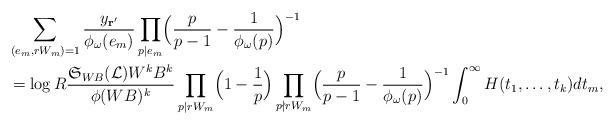
LaTeX: \begin{align*}&\sum_{(e_m,rW_m)=1}\frac{y_{\mathbf{r}'}}{\phi_\omega(e_m)}\prod_{p|e_m}\Bigl(\frac{p}{p-1}-\frac{1}{\phi_\omega(p)}\Bigr)^{-1}\\&=\log{R}\frac{\mathfrak{S}_{WB}(\mathcal{L})W^kB^k}{\phi(WB)^k}\prod_{p|rW_m}\Bigl(1-\frac{1}{p}\Bigr)\prod_{p\nmid rW_m}\Bigl(\frac{p}{p-1}-\frac{1}{\phi_\omega(p)}\Bigr)^{-1}\int_0^\infty H(t_1,\dots, t_k)dt_m,\end{align*}